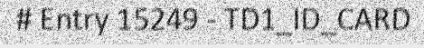
# Entry 15249 - TD1_ID_CARD